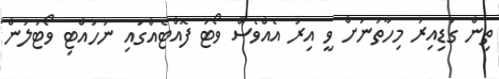
ތިން ގަޑިއިރު މިހާތަނަށް ވީ އިރު އެއްވެސް ވޯޓު ފޮއްޓެއްގައި ނުހުއްޓި ވޯޓުލުން